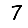
Digit: 7